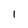
Character: l